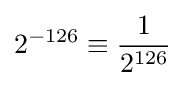
2^{-126}\equiv {\frac {1}{2^{126}}}